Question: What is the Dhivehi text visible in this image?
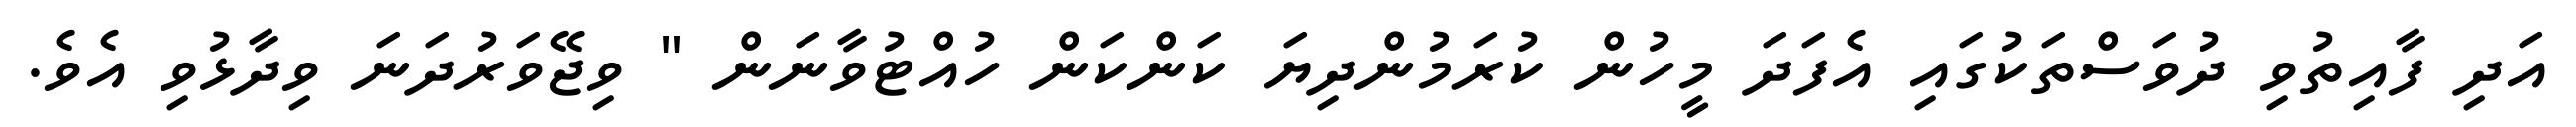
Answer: އަދި ފާއިތުވި ދުވަސްތަކުގައި އެފަދަ މީހުން ކުރަމުންދިޔަ ކަންކަން ހުއްޓުވާނަން " ވިޖޭވަރުދަނަ ވިދާޅުވި އެވެ.